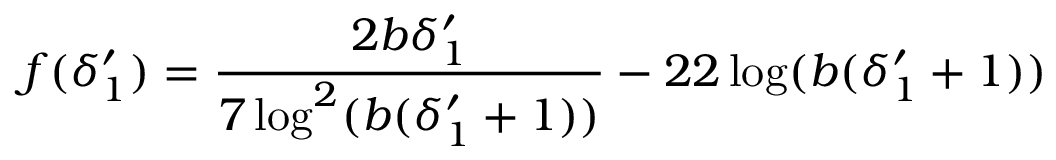
f ( \delta _ { 1 } ^ { \prime } ) = \frac { 2 b \delta _ { 1 } ^ { \prime } } { 7 \log ^ { 2 } ( b ( \delta _ { 1 } ^ { \prime } + 1 ) ) } - 2 2 \log ( b ( \delta _ { 1 } ^ { \prime } + 1 ) )